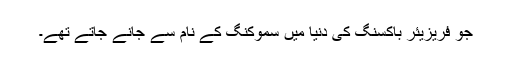
جو فریزیئر باکسنگ کی دنیا میں سموکنگ کے نام سے جانے جاتے تھے۔